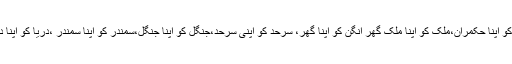
لیڈر کو اپنا لیڈر ،حکمران کو اپنا حکمران،ملک کو اپنا ملک گھر انگن کو اپنا گھر، سرحد کو اپنی سرحد،جنگل کو اپنا جنگل،سمندر کو اپنا سمندر ،دریا کو اپنا دریا نہیں کہہ سکتے تھے ۔